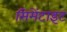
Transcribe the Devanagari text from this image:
सिमेंटाइट